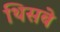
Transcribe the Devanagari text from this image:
थिसबे